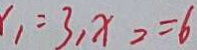
x _ { 1 } = 3 , x _ { 2 } = 6